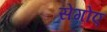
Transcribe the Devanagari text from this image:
सेगोए